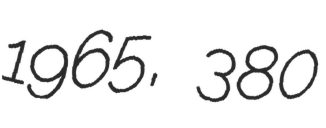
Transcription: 1965, 380